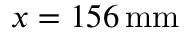
x = 1 5 6 \, \mathrm { m m }